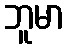
ဘူမာ